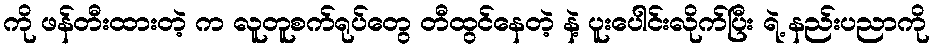
ကို ဖန်တီးထားတဲ့ က လူတူစက်ရုပ်တွေ တီထွင်နေတဲ့ နဲ့ ပူးပေါင်းလိုက်ပြီး ရဲ့ နည်းပညာကို